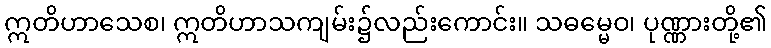
ဣတိဟာသေစ၊ ဣတိဟာသကျမ်း၌လည်းကောင်း။ သဓမ္မေဝ၊ ပုဏ္ဏားတို့၏